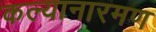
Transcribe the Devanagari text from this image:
कल्यानारमण